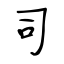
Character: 司